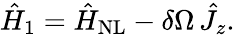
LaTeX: \hat{H}_{1}=\hat{H}_{\mathrm{NL}}-\delta\Omega\, \hat{J}_{z}.